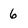
Character: 6